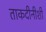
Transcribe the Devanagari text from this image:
ताकदीनीशी